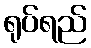
ရုပ်ရည်